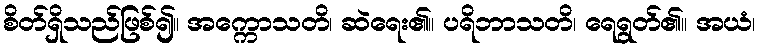
စိတ်ရှိသည်ဖြစ်၍။ အက္ကောသတိ၊ ဆဲရေး၏။ ပရိဘာသတိ၊ ရေရွတ်၏။ အယံ၊